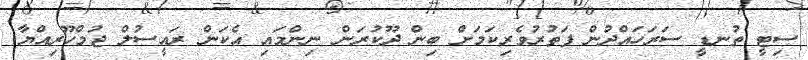
ސިޓީ ތުނޑީ ސަރަހައްދުން ފަތުރުވެރިކަމަށް ބިން ދޫކުރަން ނިންމައި އެކަން ރައީސުލް ޖުމްހޫރިއްޔާ